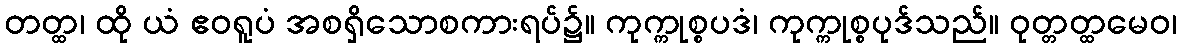
တတ္ထ၊ ထို ယံ ဧဝရူပံ အစရှိသောစကားရပ်၌။ ကုက္ကုစ္စပဒံ၊ ကုက္ကုစ္စပုဒ်သည်။ ဝုတ္တတ္ထမေဝ၊